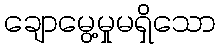
ချောမွေ့မှုမရှိသော